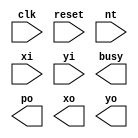
module triangle (clk, reset, nt, xi, yi, busy, po, xo, yo);
  input clk, reset, nt;
  input [2:0] xi, yi;
  output busy, po;
  output [2:0] xo, yo;
  
                   

endmodule